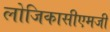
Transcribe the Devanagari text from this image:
लोजिकासीएमजी